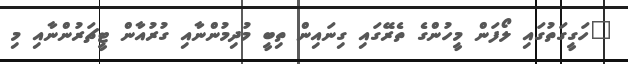
"ހަގީގަތުގައި ލޯފަން މީހުންގެ ތެރޭގައި ގިނައިން ތިބީ މުދިމުންނާއި ގުރުއާންް ޓީޗަރުންނާއި މި